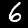
Label: 6